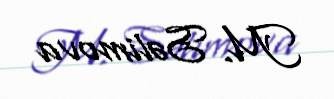
M. Səlimova